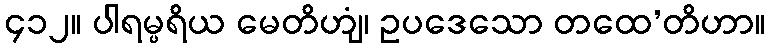
၄၁၂။ ပါရမ္ပရိယ မေတိဟျံ၊ ဥပဒေသော တထေ’တိဟာ။